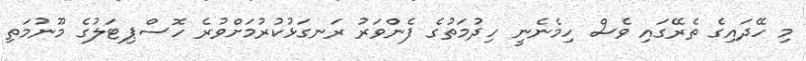
މި ހޭދައިގެ ތެރޭގައި ވެސް ހިމެނެނީ ހިދުމަތުގެ ފެންވަރު ރަނގަޅުކުރުމަށްވުރެ ހޮސްޕިޓަލުގެ މޫނުމަތި